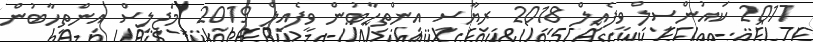
2017 ކައުންސިލް ވީފެއިލް 2018 ރިޔާސީ އިންތިހާބުން ވީފެއިލް 2019 މަޖިލިސް އިންތިހާބުން